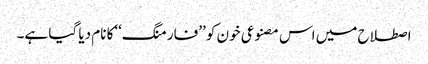
اصطلاح میں اس مصنوعی خون کو ’’فارمنگ‘‘کا نام دیا گیا ہے۔